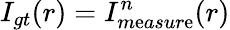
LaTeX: I_{gt}(r)=I_{m\mathrm{e}asur\mathrm{e}}^{n}(r)